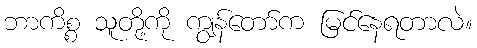
ဘာကိစ္စ သူတို့ကို ကျွန်တော်က မြင်နေရတာလဲ။